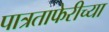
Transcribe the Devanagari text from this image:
पात्रताफेरीच्या